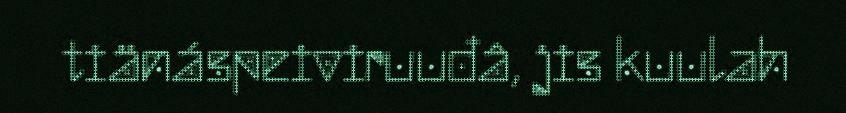
tiänáspeiviruuđâ, jis kuulah